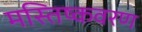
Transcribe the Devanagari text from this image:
मस्तिष्कवरण